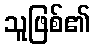
သူဖြစ်၏